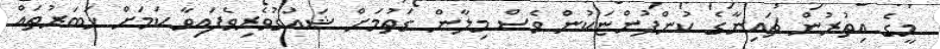
މީގެ އިތުރުން ޗައިނާގެ ކުންފުންޏަކުން ވެސް މިލާން ގަތުމަށް ޝައުގުވެރިވެފައިވާ ކަމަށް ޚަބަރުތައް